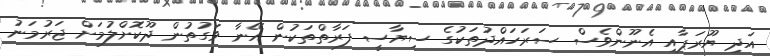
އަދި ޔޫރަޕާއި އެނޫންވެސް ސަރަހައްދުތަކުގެ ސިޔާސީ ފަރާތްތަކުން އޭނާ ވަގުތުން ދޫކޮށްލުމަށް ޖަރުމަނު